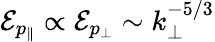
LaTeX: \mathcal{E}_{p_{\| }}\propto\mathcal{E}_{p_{\perp}}\sim k_{\perp}^{-5/3}